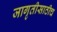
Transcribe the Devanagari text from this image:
जागृतीसाठीच